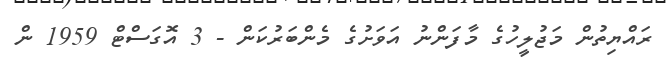
ރައްޔިތުން މަޖުލީހުގެ މާފަންނު އަވަށުގެ މެންބަރުކަން - 3 އޮގަސްޓް 1959 ން